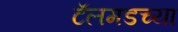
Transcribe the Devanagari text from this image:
टॅलमडच्या